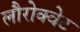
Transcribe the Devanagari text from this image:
लौरोक्वेट